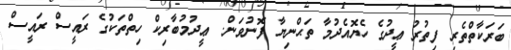
ބަރަކާތްތެރި ފިތުރު ޢީދުގެ ހެޔޮއެދުމާ ތަޙްނިޔާ ފޮނުވަން. _ޢީދުމުބާރިކް ހިތްތަކުގެ ރައީސް ރައީސް